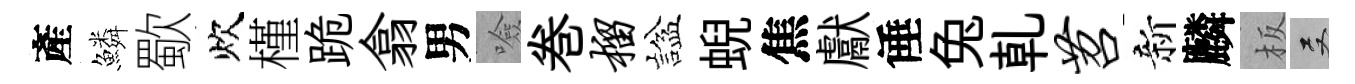
產鱗歜炊槿跪翕男噞巻榴諡蜺焦獻倕兔乹苕新麟板双